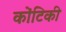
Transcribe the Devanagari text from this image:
कोंटिकी